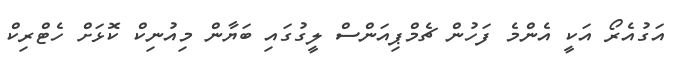
އަގުއެރޯ އަކީ އެންމެ ފަހުން ޗެމްޕިއަންސް ލީގުގައި ބަޔާން މިއުނިކް ކޮޅަށް ހެޓްރިކް